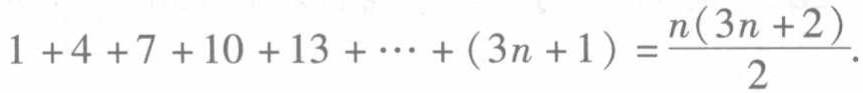
\(1 + 4 + 7 + 10 + 13 + \cdots + (3n + 1) = \frac{n(3n + 2)}{2}\)